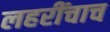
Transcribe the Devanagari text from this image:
लहरींचाच